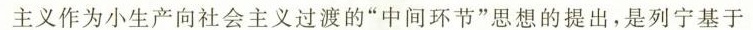
主义作为小生产向社会主义过渡的”中间环节”思想的提出，是列宁基于